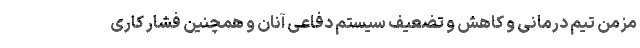
مزمن تیم درمانی و کاهش و تضعیف سیستم دفاعی آنان و همچنین فشار کاری